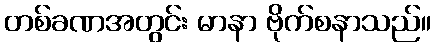
တစ်ခဏအတွင်း မာနာ ဗိုက်စနာသည်။